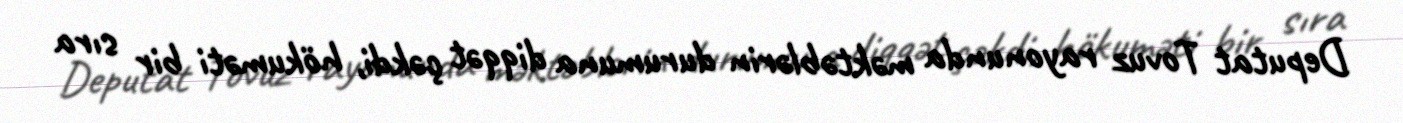
Deputat Tovuz rayonunda məktəblərin durumuna diqqət çəkdi, hökuməti bir sıra